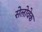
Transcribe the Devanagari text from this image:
सेलोवेक